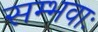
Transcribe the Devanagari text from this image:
सम्भवाः